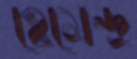
হেমেন্দ্র